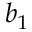
b _ { 1 }